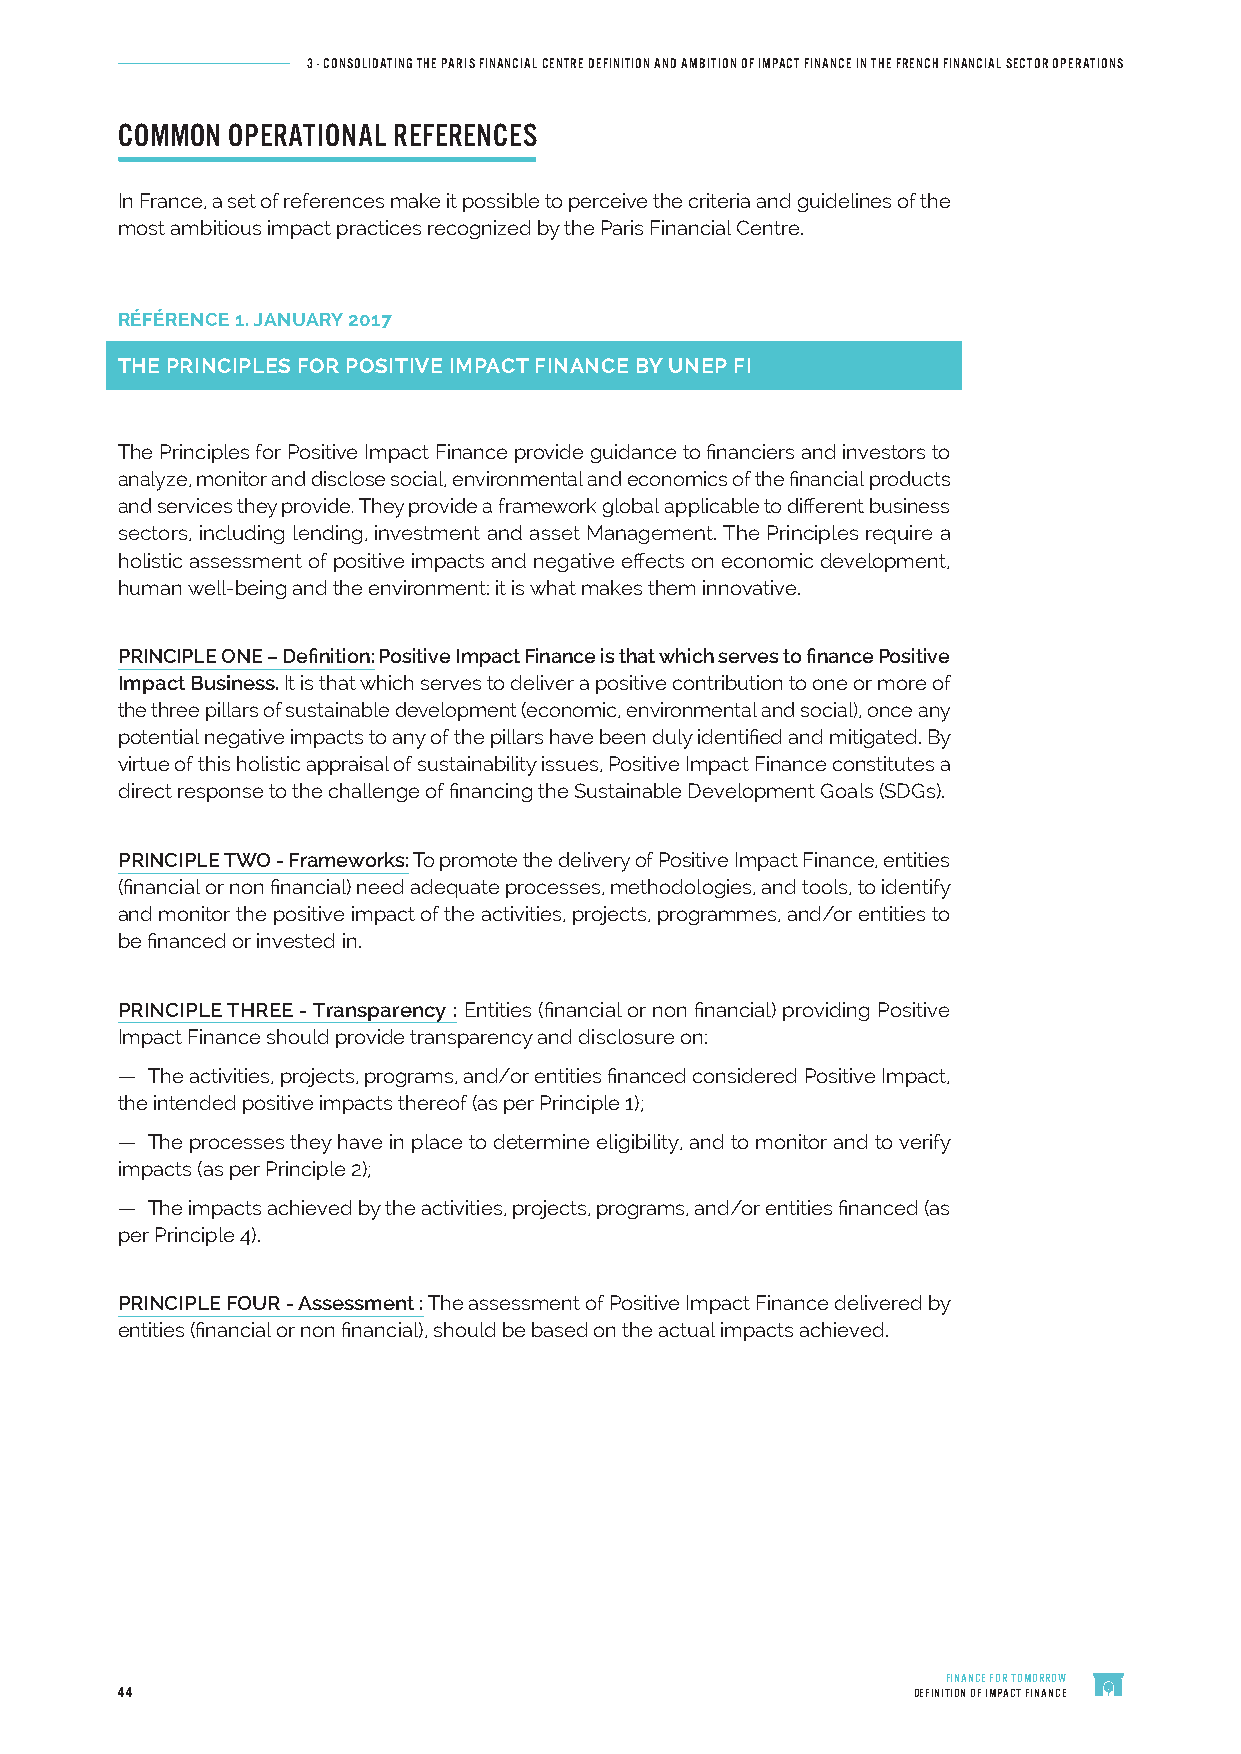
3 - CONSOLIDATING THE PARIS FINANCIAL CENTRE DEFINITION AND AMBITION OF IMPACT FINANCE IN THE FRENCH FINANCIAL SECTOR OPERATIONS
 COMMON OPERATIONAL REFERENCES
 In France, a set of references make it possible to perceive the criteria and guidelines of the
 most ambitious impact practices recognized by the Paris Financial Centre.
 RÉFÉRENCE 1. JANUARY 2017
 THE PRINCIPLES FOR POSITIVE IMPACT FINANCE BY UNEP FI
 The Principles for Positive Impact Finance provide guidance to financiers and investors to
 analyze, monitor and disclose social, environmental and economics of the financial products
 and services they provide. They provide a framework global applicable to different business
 sectors, including lending, investment and asset Management. The Principles require a
 holistic assessment of positive impacts and negative effects on economic development,
 human well-being and the environment: it is what makes them innovative.
 PRINCIPLE ONE – Definition: Positive Impact Finance is that which serves to finance Positive
 Impact Business. It is that which serves to deliver a positive contribution to one or more of
 the three pillars of sustainable development (economic, environmental and social), once any
 potential negative impacts to any of the pillars have been duly identified and mitigated. By
 virtue of this holistic appraisal of sustainability issues, Positive Impact Finance constitutes a
 direct response to the challenge of financing the Sustainable Development Goals (SDGs).
 PRINCIPLE TWO - Frameworks: To promote the delivery of Positive Impact Finance, entities
 (financial or non financial) need adequate processes, methodologies, and tools, to identify
 and monitor the positive impact of the activities, projects, programmes, and/or entities to
 be financed or invested in.
 PRINCIPLE THREE - Transparency : Entities (financial or non financial) providing Positive
 Impact Finance should provide transparency and disclosure on:
 — The activities, projects, programs, and/or entities financed considered Positive Impact,
 the intended positive impacts thereof (as per Principle 1);
 — The processes they have in place to determine eligibility, and to monitor and to verify
 impacts (as per Principle 2);
 — The impacts achieved by the activities, projects, programs, and/or entities financed (as
 per Principle 4).
 PRINCIPLE FOUR - Assessment : The assessment of Positive Impact Finance delivered by
 entities (financial or non financial), should be based on the actual impacts achieved.
 FINANCE FOR TOMORROW
 44                                                  DEFINITION OF IMPACT FINANCE